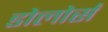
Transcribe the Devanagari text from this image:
डोलोर्स